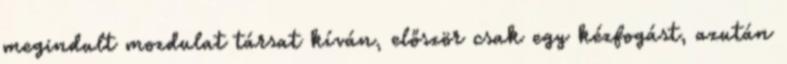
megindult mozdulat társat kíván, először csak egy kézfogást, azután